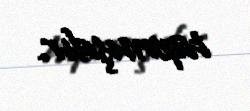
tapmışdır.